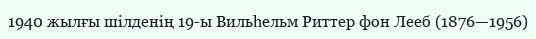
1940 жылғы шілденің 19-ы Вильһельм Риттер фон Лееб (1876—1956)